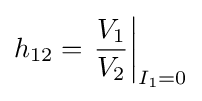
h_{12}=\left.{\frac {V_{1}}{V_{2}}}\right|_{I_{1}=0}